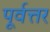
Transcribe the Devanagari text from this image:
पूर्वत्तर